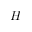
H